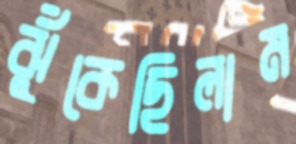
ঝুঁকেছিলাম